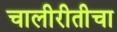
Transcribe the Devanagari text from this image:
चालीरीतीचा